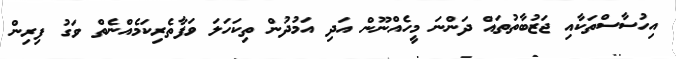
އިހުސާސްތަކާއި ޖަޒުބާތުތައް ދަންނަ މީހެއްނޫން އަދި އަމުދުން ތިކަހަލަ ވަފާތެރިކަމެއްނެތް ވަގު ފިރިން